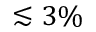
\lesssim 3 \%